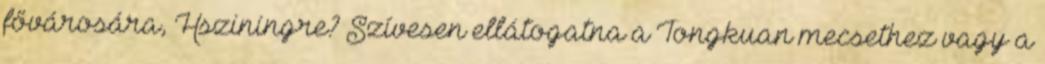
fővárosára, Hsziningre? Szívesen ellátogatna a Tongkuan mecsethez vagy a